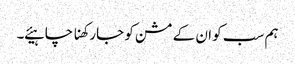
ہم سب کو ان کے مشن کو جارکھنا چاہیئے ۔